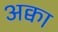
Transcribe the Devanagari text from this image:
अक्वा